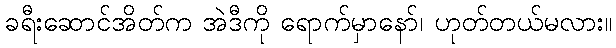
ခရီးဆောင်အိတ်က အဲဒီကို ရောက်မှာနော်၊ ဟုတ်တယ်မလား။